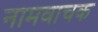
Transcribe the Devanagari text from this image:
नामवाचक